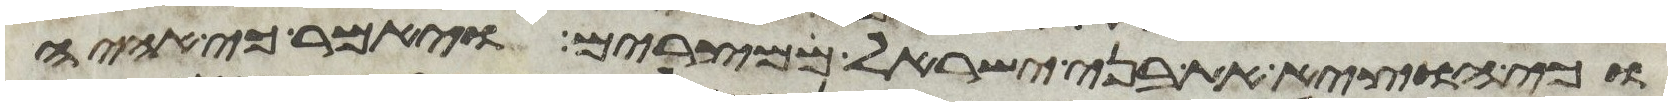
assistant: וכי אוציא את בני ישראל ממצרים ויאמר כי אהיה